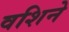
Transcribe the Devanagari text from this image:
वशिने